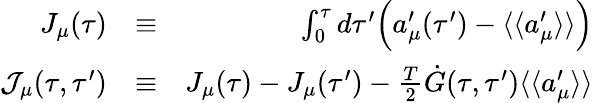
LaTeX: \begin{array}{rlr}{J_{\mu}(\tau)}&{\equiv}&{\int_{0}^{\tau}d\tau^{\prime}\Bigl(a_{\mu}^{\prime}(\tau^{\prime})-\langle\langle a_{\mu}^{\prime}\rangle\rangle\Bigr)}\\ {{\cal J}_{\mu}(\tau,\tau^{\prime})}&{\equiv}&{J_{\mu}(\tau)-J_{\mu}(\tau^{\prime})-\frac{T}{2}\dot{G}(\tau,\tau^{\prime})\langle\langle a_{\mu}^{\prime}\rangle\rangle}\end{array}